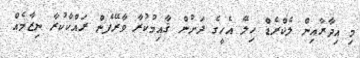
މި އިދާރާއިން ލެކްރެޑް ހިލޭ އެހީގެ ދަށުން ޤާއިމުކުރާ ވާރޭފެން ރައްކާކުރާ ނިޒާމެއް